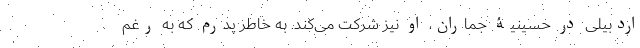
اردبیلی در حسینیۀ جماران، او نیز شرکت می‌کند. به خاطر پدرم که به رغم